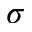
\sigma